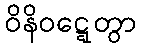
ဝိနိဝဋ္ဋေတွာ